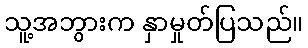
သူ့အဘွားက နှာမှုတ်ပြသည်။